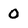
Character: 0